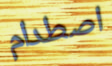
اصطدام